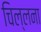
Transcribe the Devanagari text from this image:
चिल्लना